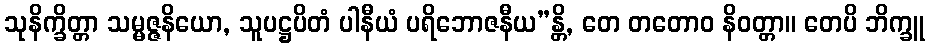
သုနိက္ခိတ္တာ သမ္မဇ္ဇနိယော, သူပဋ္ဌပိတံ ပါနီယံ ပရိဘောဇနီယ”န္တိ, တေ တတောဝ နိဝတ္တာ။ တေပိ ဘိက္ခူ